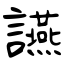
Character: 讌